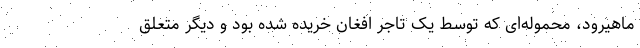
ماهیرود، محموله‌ای که توسط یک تاجر افغان خریده شده بود و دیگر متعلق